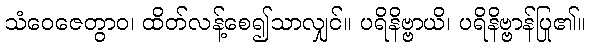
သံဝေဇေတွာဝ၊ ထိတ်လန့်စေ၍သာလျှင်။ ပရိနိဗ္ဗာယိ၊ ပရိနိဗ္ဗာန်ပြု၏။